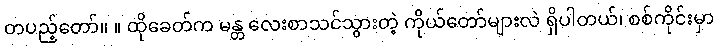
တပည့်တော်။ ။ ထိုခေတ်က မန္တ လေးစာသင်သွားတဲ့ ကိုယ်တော်များလဲ ရှိပါတယ်၊ စစ်ကိုင်းမှာ